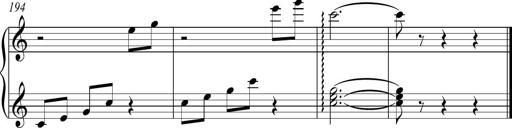
Title: Piano Sonatina in C
Composer: Daniel LÃ©o Simpson
Key: C major